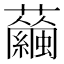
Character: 𧅇